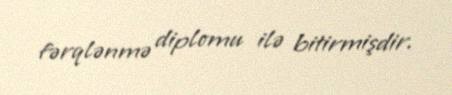
fərqlənmə diplomu ilə bitirmişdir.